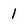
Character: 1